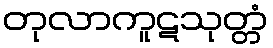
တုလာကူဋသုတ္တံ